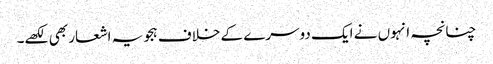
چنانچہ انہوں نے ایک دوسرے کے خلاف ہجویہ اشعار بھی لکھے۔